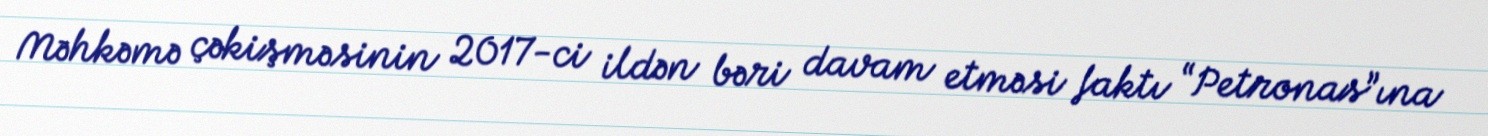
Məhkəmə çəkişməsinin 2017-ci ildən bəri davam etməsi faktı “Petronas”ına